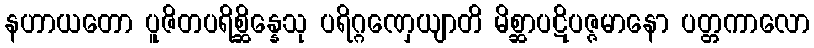
နဟာယတော ပူဇိတပရိစ္ဆိန္နေသု ပရိဂ္ဂဏှေယျာတိ မိစ္ဆာပဋိပဇ္ဇမာနော ပတ္တကာလော